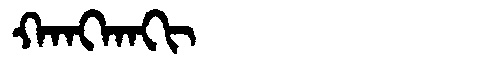
Manchu: ᡴᠠᠩᡴᠠᡴᡳ
Romanization: KANGKAKI